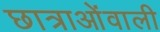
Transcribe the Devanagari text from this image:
छात्राओंवाली